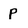
Character: p